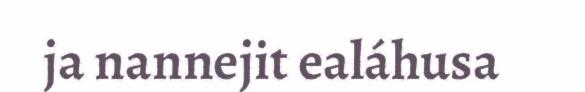
ja nannejit ealáhusa